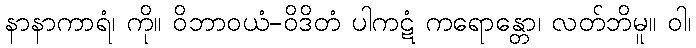
နာနာကာရံ၊ ကို။ ဝိဘာဝယံ-ဝိဒိတံ ပါကဋံ ကရောန္တော၊ လတ်ဘိမူ။ ဝါ၊